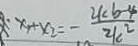
x _ { 1 } + x _ { 2 } = - \frac { 2 k b - 4 } { 2 k ^ { 2 } }